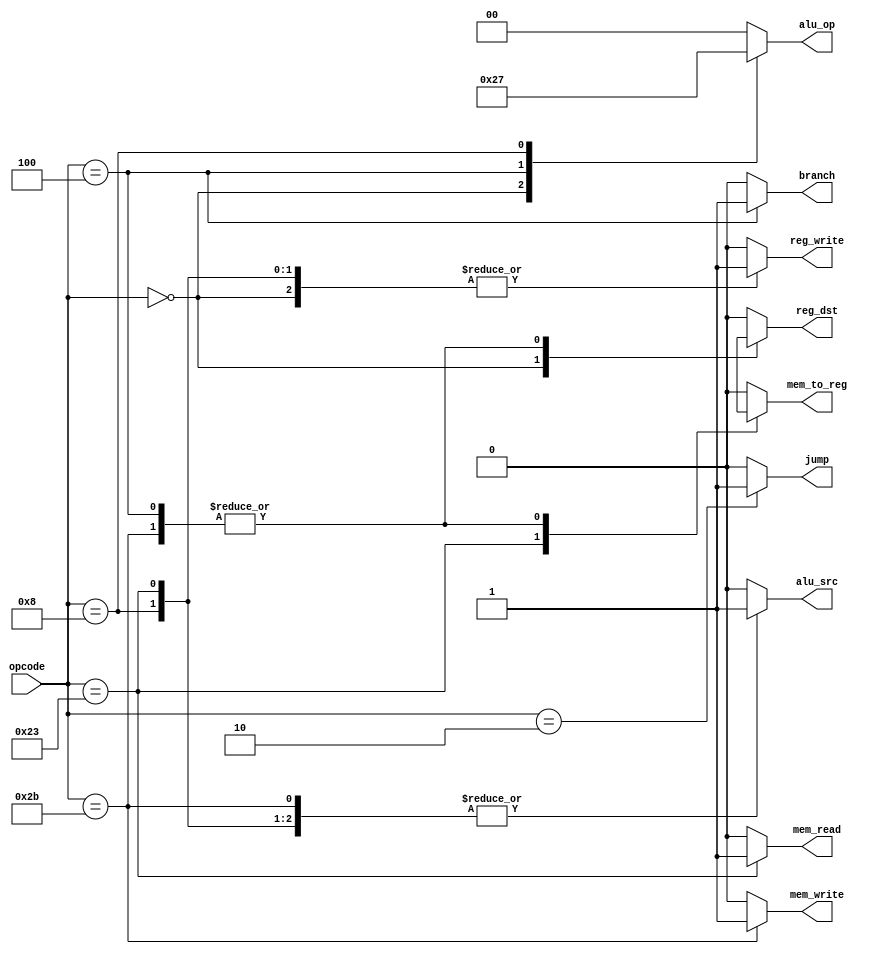
module Control(opcode, reg_dst, jump, branch, mem_read, mem_to_reg, alu_op, mem_write, alu_src, reg_write);

input wire [5:0] opcode;

output reg reg_dst;
output reg jump;
output reg branch;
output reg mem_read;
output reg mem_to_reg;
output reg [1:0] alu_op;
output reg mem_write;
output reg alu_src;
output reg reg_write;

always @* begin
    case(opcode)
      6'b000000: begin
          reg_dst <= 1;
          alu_src <= 0;
          mem_to_reg <= 0;
          reg_write <= 1;
          mem_read <= 0;
          mem_write <= 0;
          branch <= 0;
          jump <= 0;
          alu_op <= 2'b10;
      end
      6'b100011: begin
          reg_dst <= 0;
          alu_src <= 1;
          mem_to_reg <= 1;
          reg_write <= 1;
          mem_read <= 1;
          mem_write <= 0;
          branch <= 0;
          jump <= 0;
          alu_op <= 2'b00;
      end
      6'b101011: begin
          reg_dst <= 1'bX;
          alu_src <= 1;
          mem_to_reg <= 1'bX;
          reg_write <= 0;
          mem_read <= 0;
          mem_write <= 1;
          branch <= 0;
          jump <= 0;
          alu_op <= 2'b00;
      end
      6'b000100: begin
          reg_dst <= 1'bX;
          alu_src <= 0;
          mem_to_reg <= 1'bX;
          reg_write <= 0;
          mem_read <= 0;
          mem_write <= 0;
          branch <= 1;
          jump <= 0;
          alu_op <= 2'b01;
      end
      6'b001000: begin
          reg_dst <= 0;
          alu_src <= 1;
          mem_to_reg <= 0;
          reg_write <= 1;
          mem_read <= 0;
          mem_write <= 0;
          branch <= 0;
          jump <= 0;
          alu_op <= 2'b11;
      end
      6'b000010: begin
          reg_dst <= 0;
          alu_src <= 0;
          mem_to_reg <= 0;
          reg_write <= 0;
          mem_read <= 0;
          mem_write <= 0;
          branch <= 0;
          jump <= 1;
          alu_op <= 2'b00;
      end
      default: begin
          reg_dst <= 0;
          alu_src <= 0;
          mem_to_reg <= 0;
          reg_write <= 0;
          mem_read <= 0;
          mem_write <= 0;
          branch <= 0;
          jump <= 0;
          alu_op <= 2'b00;
      end
    endcase
end

endmodule